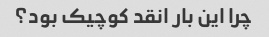
چرا این بار انقد کوچیک بود؟